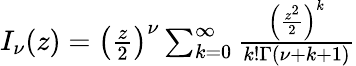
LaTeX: \begin{array}{r}{I_{\nu}(z)=\left(\frac{z}{2}\right)^{\nu}\sum_{k=0}^{\infty}\frac{\left(\frac{z^{2}}{2}\right)^{k}}{k!\Gamma(\nu+k+1)}}\end{array}